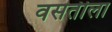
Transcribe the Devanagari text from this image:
वसतीला